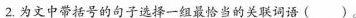
2.为文中带括号的句子选择一组最恰当的关联词语()